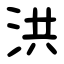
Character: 洪